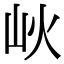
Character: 𡵼